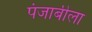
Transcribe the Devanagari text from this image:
पंजाबीला